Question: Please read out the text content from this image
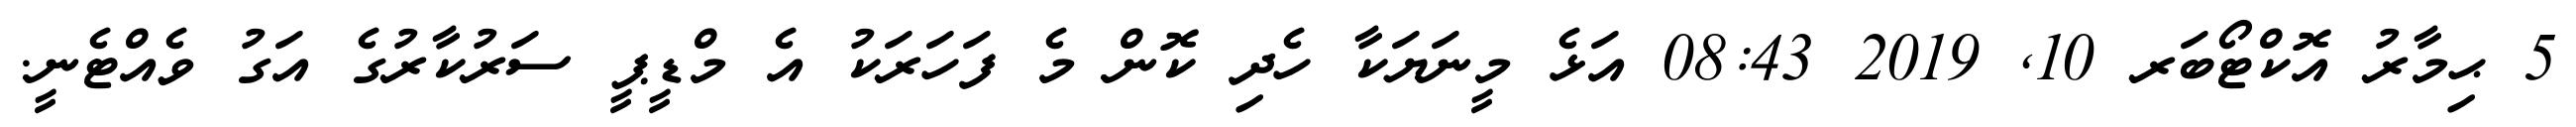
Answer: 5 ޙިމާރު އޮކްޓޯބަރ 10, 2019 08:43 އަޅެ މީނަޔަކާ ހެދި ކޮން މެ ފަހަރަކު އެ މްޑީޕީ ސަރުކާރުގެ އަގު ވެއްޓެނީ.